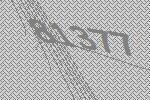
81377